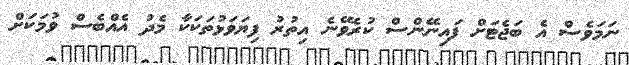
ނަމަވެސް އެ ބަޖެޓަށް ފައިނޭންސް ކުރެވޭނެ އިތުރު ފިޔަވަޅުތަކަކާ މެދު އެއްބެސް ވުމަކަށް